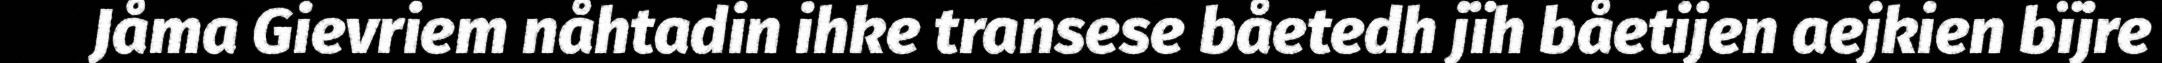
Jåma Gievriem nåhtadin ihke transese båetedh jïh båetijen aejkien bïjre